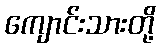
ကျောင်းသားတို့